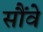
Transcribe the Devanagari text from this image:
सौंवे